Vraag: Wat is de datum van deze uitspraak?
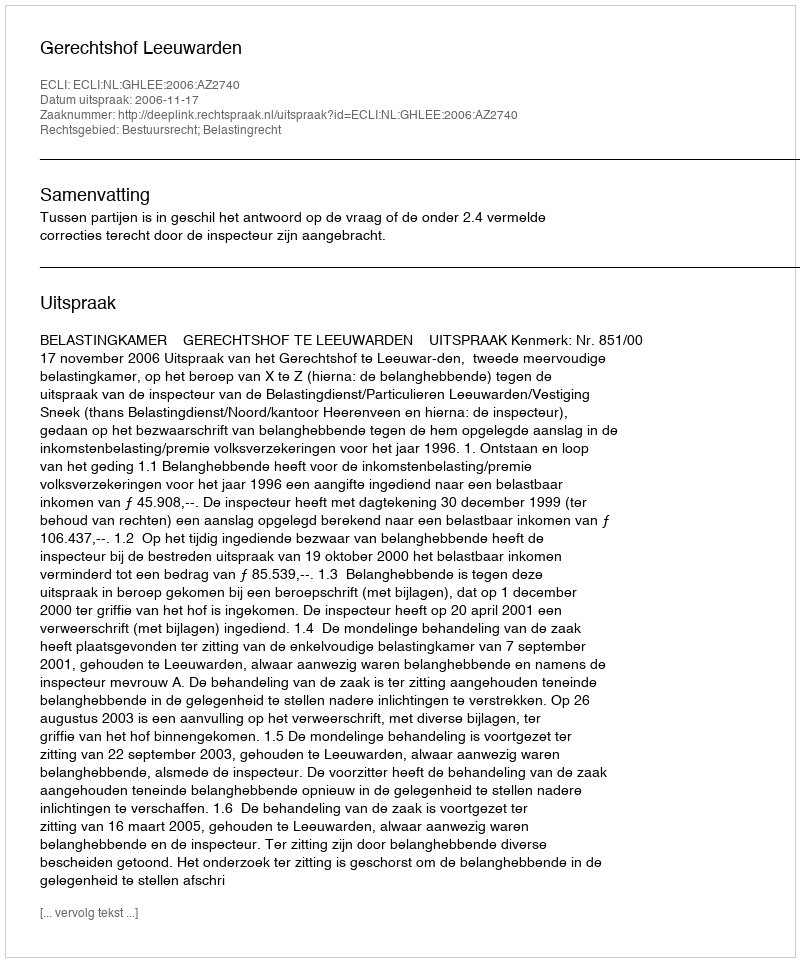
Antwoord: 2006-11-17